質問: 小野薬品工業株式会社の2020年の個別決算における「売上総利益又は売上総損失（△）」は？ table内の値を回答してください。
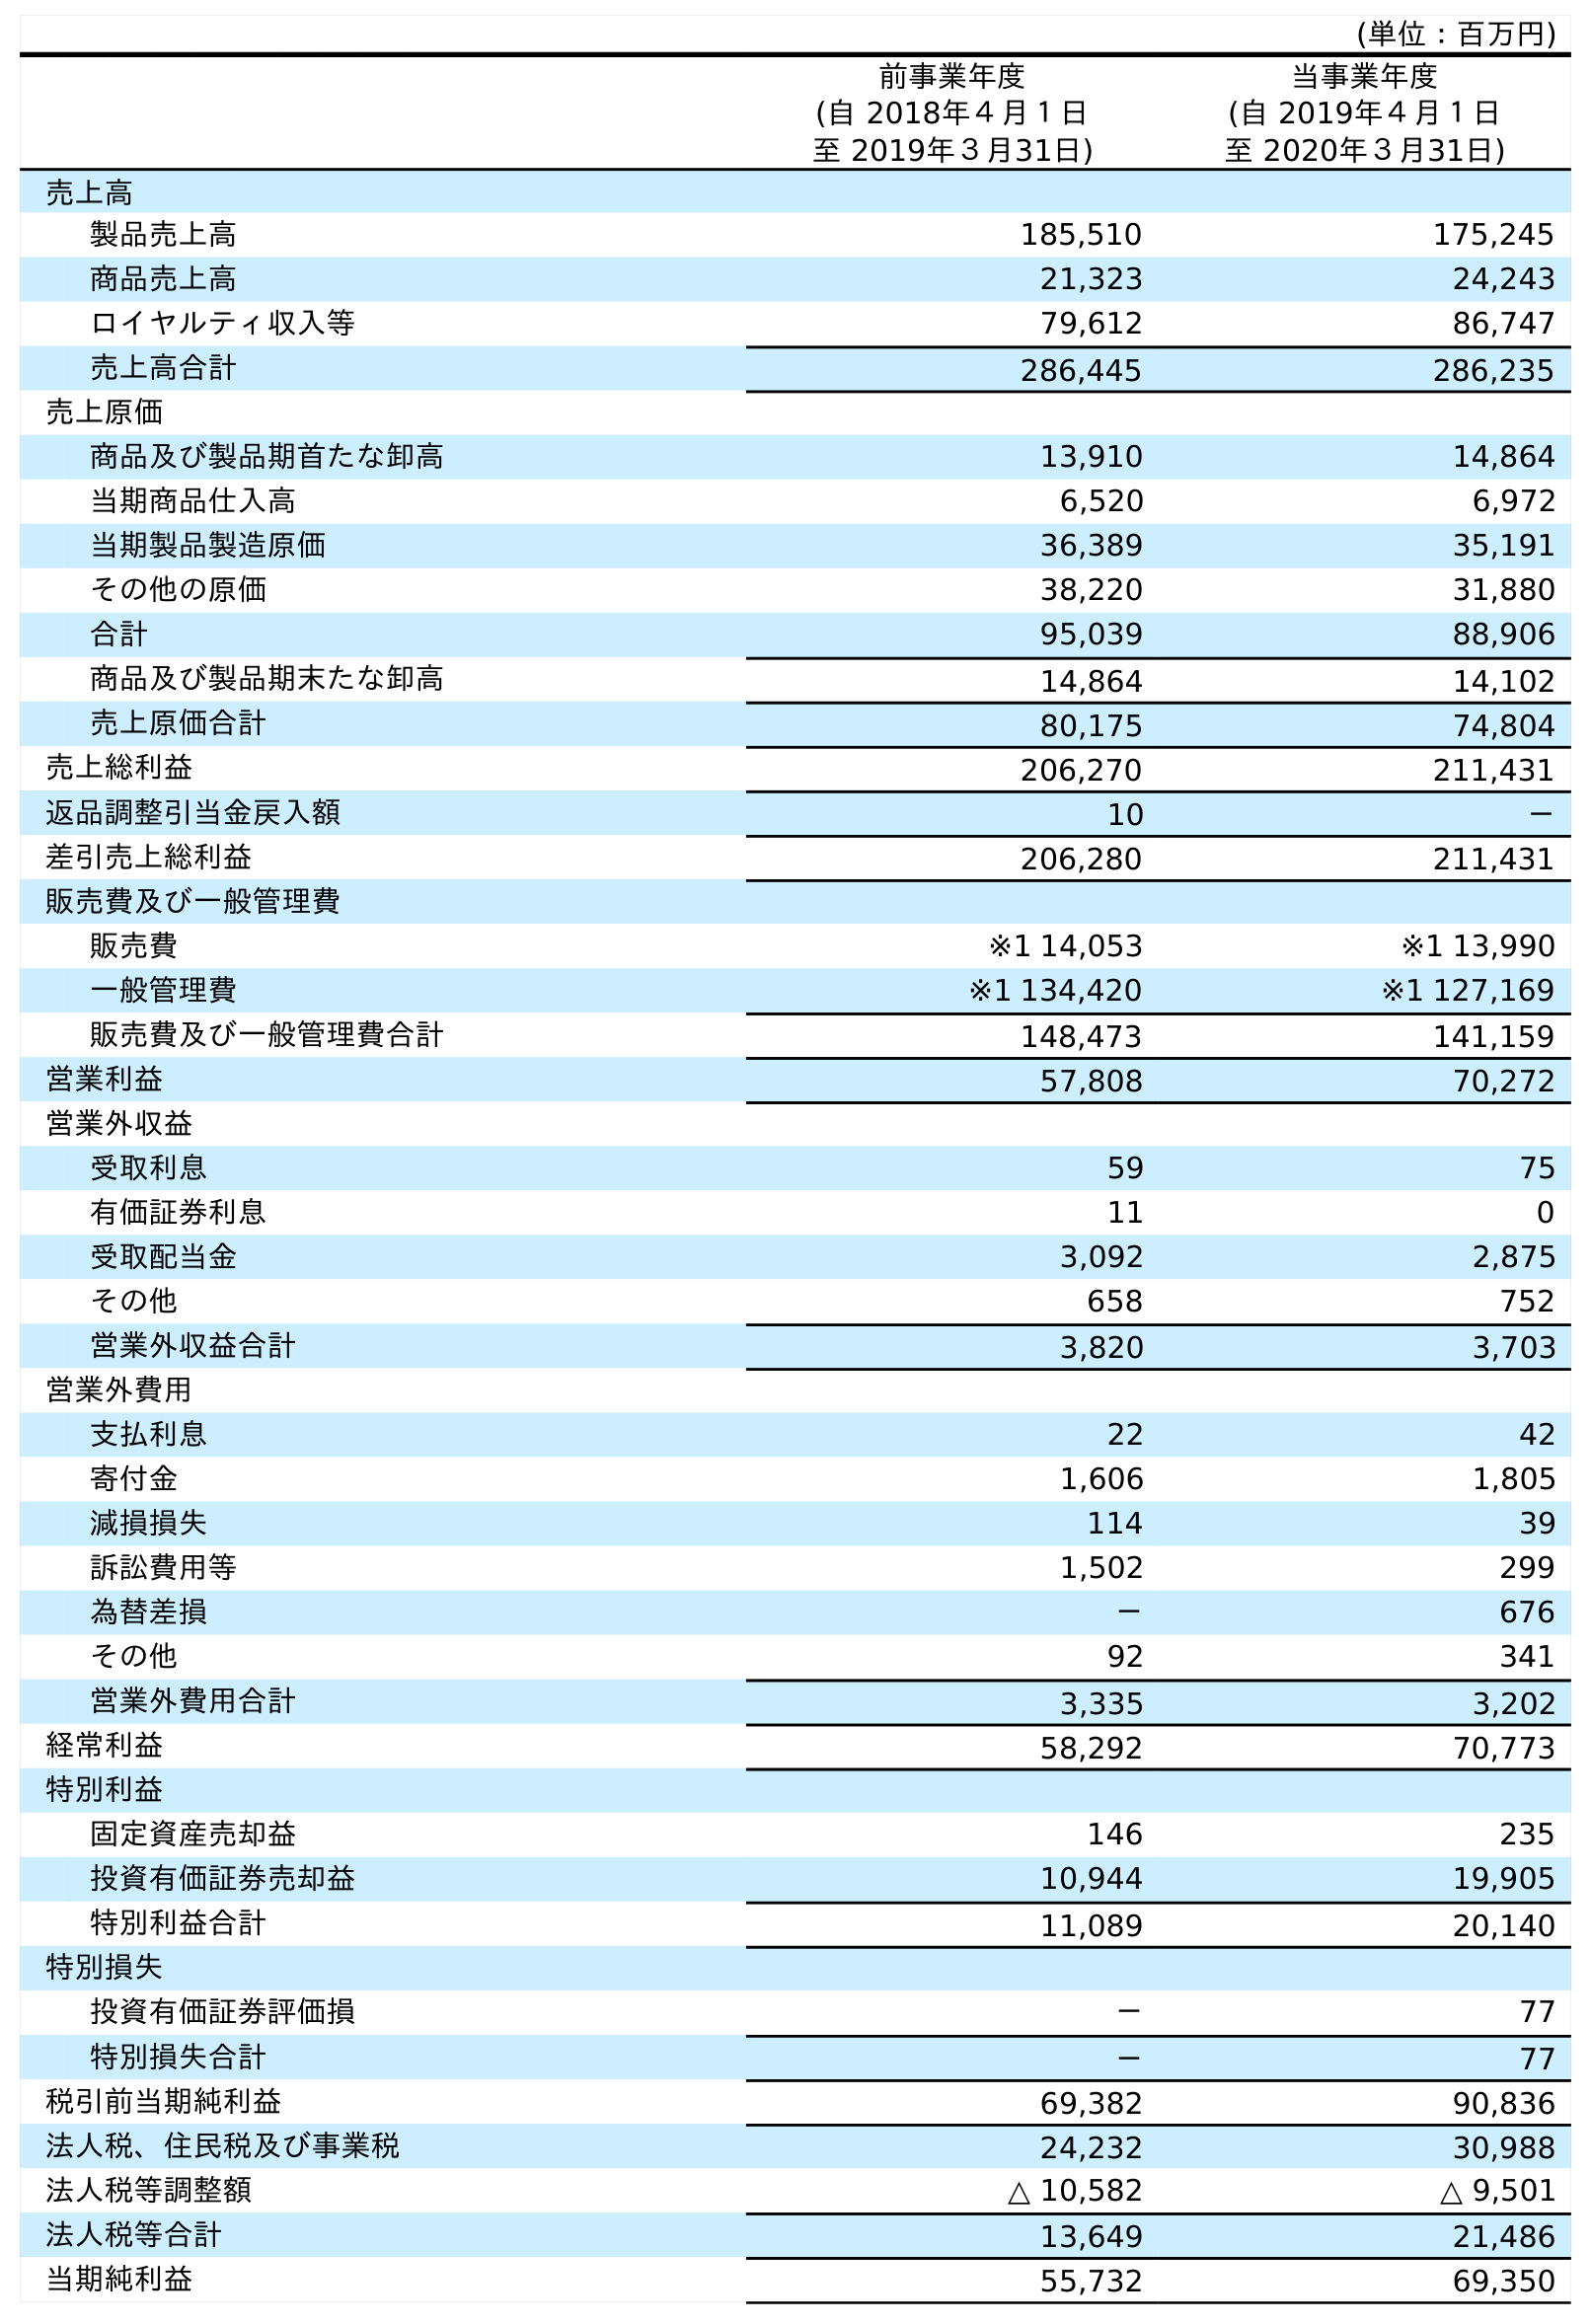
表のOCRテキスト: (単位：百万円) 前事業年度 (自 2018年４月１日 至 2019年３月31日) 当事業年度 (自 2019年４月１日 至 2020年３月31日) 売上高 製品売上高 185,510 175,245 商品売上高 21,323 24,243 ロイヤルティ収入等 79,612 86,747 売上高合計 286,445 286,235 売上原価 商品及び製品期首たな卸高 13,910 14,864 当期商品仕入高 6,520 6,972 当期製品製造原価 36,389 35,191 その他の原価 38,220 31,880 合計 95,039 88,906 商品及び製品期末たな卸高 14,864 14,102 売上原価合計 80,175 74,804 売上総利益 206,270 211,431 返品調整引当金戻入額 10 － 差引売上総利益 206,280 211,431 販売費及び一般管理費 販売費 ※1 14,053 ※1 13,990 一般管理費 ※1 134,420 ※1 127,169 販売費及び一般管理費合計 148,473 141,159 営業利益 57,808 70,272 営業外収益 受取利息 59 75 有価証券利息 11 0 受取配当金 3,092 2,875 その他 658 752 営業外収益合計 3,820 3,703 営業外費用 支払利息 22 42 寄付金 1,606 1,805 減損損失 114 39 訴訟費用等 1,502 299 為替差損 － 676 その他 92 341 営業外費用合計 3,335 3,202 経常利益 58,292 70,773 特別利益 固定資産売却益 146 235 投資有価証券売却益 10,944 19,905 特別利益合計 11,089 20,140 特別損失 投資有価証券評価損 － 77 特別損失合計 － 77 税引前当期純利益 69,382 90,836 法人税、住民税及び事業税 24,232 30,988 法人税等調整額 △ 10,582 △ 9,501 法人税等合計 13,649 21,486 当期純利益 55,732 69,350
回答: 211,431